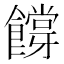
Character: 𬲜